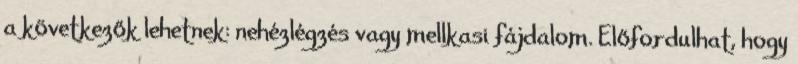
a következők lehetnek: nehézlégzés vagy mellkasi fájdalom. Előfordulhat, hogy